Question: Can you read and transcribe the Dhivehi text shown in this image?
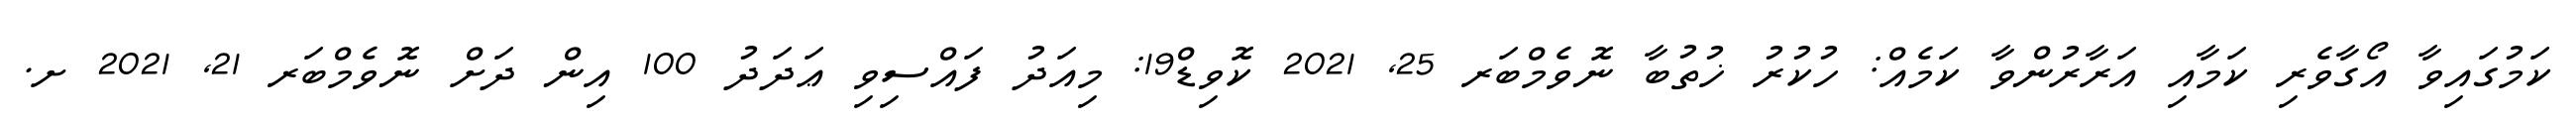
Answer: ކަމުގައިވާ އޯގާވެރި ކަމާއި އަރާރުންވާ ކަމެއް: ހުކުރު ޚުތުބާ ނޮވެމްބަރ 25, 2021 ކޮވިޑް19: މިއަދު ފައްސިވި ޢަދަދު 100 އިން ދަށް ނޮވެމްބަރ 21, 2021 ށ.